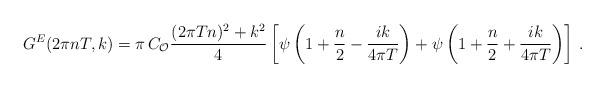
LaTeX: \begin{align*}G^E(2\pi n T, k) = \pi \, C_{\cal{O}} {(2\pi T n)^2+k^2\over 4}\left[ \psi \left( 1+ {n\over 2} -{i k \over 4\pi T} \right) + \psi \left( 1+ {n\over 2} +{i k \over 4\pi T} \right)\right]\,.\end{align*}